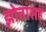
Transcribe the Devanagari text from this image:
झोतासह